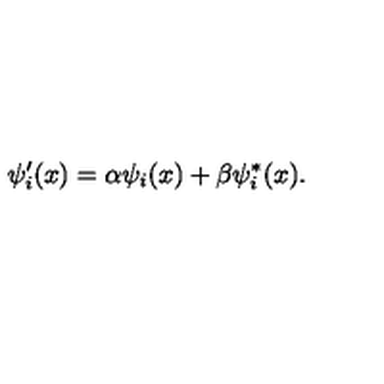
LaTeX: \psi _ { i } ^ { \prime } ( x ) = \alpha \psi _ { i } ( x ) + \beta \psi _ { i } ^ { * } ( x ) .